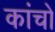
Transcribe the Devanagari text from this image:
कांचों